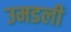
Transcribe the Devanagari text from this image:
उमडली